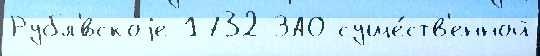
Рубл'́вскоjе 1732 ЗАО суще́ств'енной